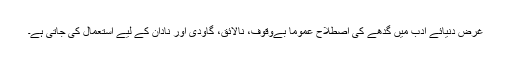
غرض دنیائے ادب میں گدھے کی اصطلاح عموماً بےوقوف، نالائق، گاؤدی اور نادان کے لیے استعمال کی جاتی ہے۔